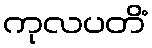
ကုလပတိံ